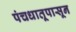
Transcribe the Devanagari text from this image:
पंचधातूपासून